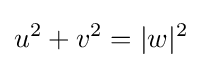
u^{2}+v^{2}=|w|^{2}